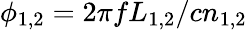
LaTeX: \phi_{1,2}=2\pi fL_{1,2}/cn_{1,2}